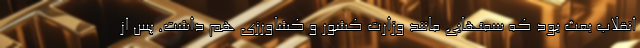
انقلاب بعث بود که سمتهایی مانند وزارت کشور و کشاورزی هم داشت. پس از